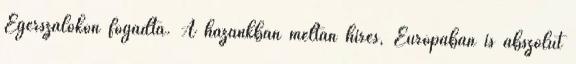
Egerszalókon fogadta. A hazánkban méltán híres, Európában is abszolút